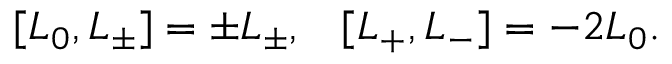
[ L _ { 0 } , L _ { \pm } ] = \pm L _ { \pm } , \; \; \; [ L _ { + } , L _ { - } ] = - 2 L _ { 0 } .